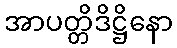
အာပတ္တိဒိဋ္ဌိနော